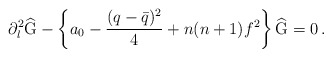
\begin{align*}\partial_l^2\widehat{\mbox{G}}-\left\{a_0-\frac{(q-\bar{q})^2}{4}+n(n+1)f^2\right\}\widehat{\mbox{G}}=0\,.\end{align*}